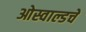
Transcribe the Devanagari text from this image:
ओस्वाल्डचे